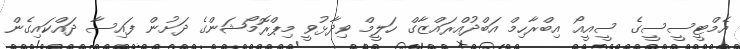
އެމްޓީސީސީގެ ސީއީއޯ އިބްރާހިމް އަބްދުއްރައްޒާގް ހަލީމް ވިދާޅުވީ މިޕްރޮމޯޝަންގެ ދަށުން ފައިސާ ދައްކައިގެން